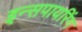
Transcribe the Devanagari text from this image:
इन्सपायरिंग